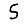
Digit: 5